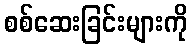
စစ်ဆေးခြင်းများကို